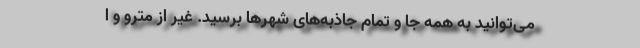
می‌توانید به همه جا و تمام جاذبه‌های شهرها برسید. غیر از مترو و ا